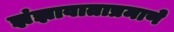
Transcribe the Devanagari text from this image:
झंझावाताप्रमाणे